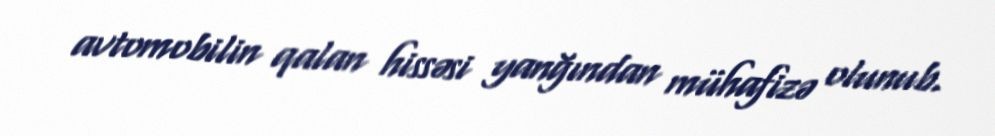
avtomobilin qalan hissəsi yanğından mühafizə olunub.